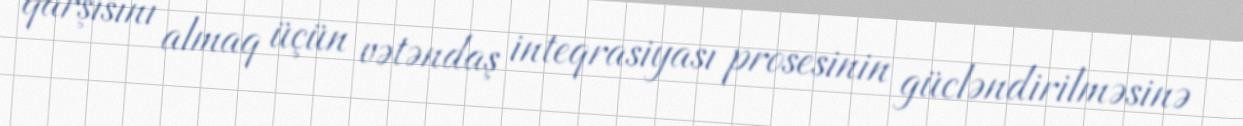
qarşısını almaq üçün vətəndaş inteqrasiyası prosesinin gücləndirilməsinə